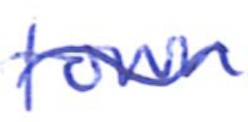
Text: town
Cross-out: wave
Writing tool: ballpoint